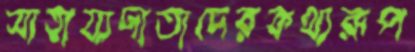
সাহায্যদাতাদেরকথ্যরূপ